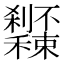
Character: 𥤔